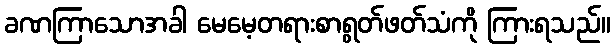
ခဏကြာသောအခါ မေမေ့တရားစာရွတ်ဖတ်သံကို ကြားရသည်။